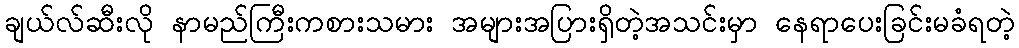
ချယ်လ်ဆီးလို နာမည်ကြီးကစားသမား အများအပြားရှိတဲ့အသင်းမှာ နေရာပေးခြင်းမခံရတဲ့